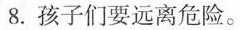
8.孩子们要远离危险。